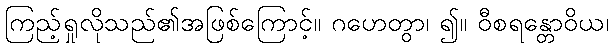
ကြည့်ရှုလိုသည်၏အဖြစ်ကြောင့်။ ဂဟေတွာ၊ ၍။ ဝီစရန္တောဝိယ၊